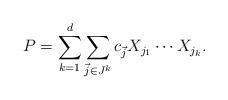
LaTeX: \begin{align*}P=\sum_{k=1}^d \sum_{\vec{j}\in J^k} c_{\vec{j}} X_{j_1}\cdots X_{j_k}.\end{align*}